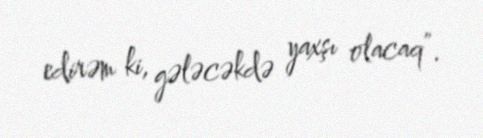
edirəm ki, gələcəkdə yaxşı olacaq”.